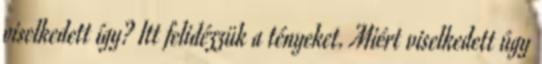
viselkedett így? Itt felidézzük a tényeket. Miért viselkedett úgy